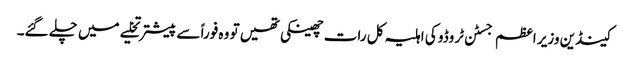
کینڈین وزیر اعظم جسٹن ٹروڈو کی اہلیہ کل رات چھینکی تھیں تو وہ فوراً سے پیشتر تخلیے میں چلے گئے۔